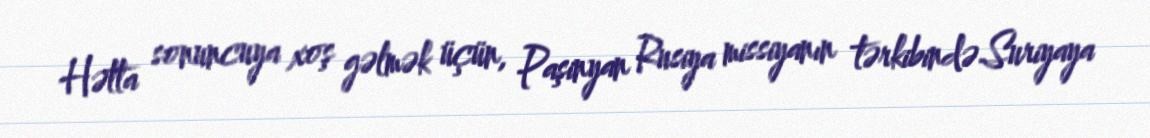
Hətta sonuncuya xoş gəlmək üçün, Paşinyan Rusiya missiyanın tərkibində Suriyaya